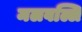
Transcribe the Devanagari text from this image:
मलवल्लि